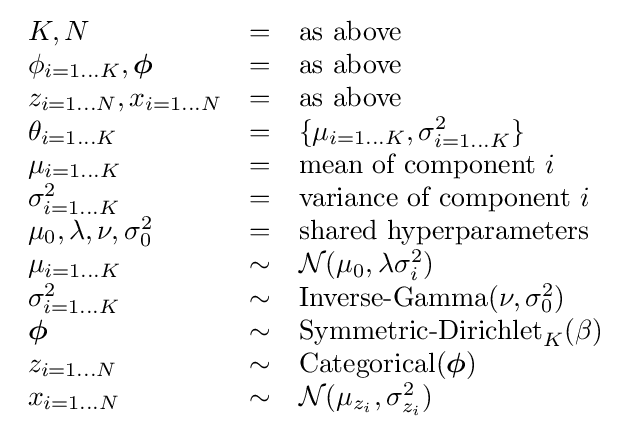
{\begin{array}{lcl}K,N&=&{\text{as above}}\\\phi _{i=1\dots K},{\boldsymbol {\phi }}&=&{\text{as above}}\\z_{i=1\dots N},x_{i=1\dots N}&=&{\text{as above}}\\\theta _{i=1\dots K}&=&\{\mu _{i=1\dots K},\sigma _{i=1\dots K}^{2}\}\\\mu _{i=1\dots K}&=&{\text{mean of component }}i\\\sigma _{i=1\dots K}^{2}&=&{\text{variance of component }}i\\\mu _{0},\lambda ,\nu ,\sigma _{0}^{2}&=&{\text{shared hyperparameters}}\\\mu _{i=1\dots K}&\sim &{\mathcal {N}}(\mu _{0},\lambda \sigma _{i}^{2})\\\sigma _{i=1\dots K}^{2}&\sim &\operatorname {Inverse-Gamma} (\nu ,\sigma _{0}^{2})\\{\boldsymbol {\phi }}&\sim &\operatorname {Symmetric-Dirichlet} _{K}(\beta )\\z_{i=1\dots N}&\sim &\operatorname {Categorical} ({\boldsymbol {\phi }})\\x_{i=1\dots N}&\sim &{\mathcal {N}}(\mu _{z_{i}},\sigma _{z_{i}}^{2})\end{array}}